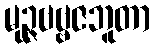
မုဉ္ဇဗဗ္ဗဇဘူတာ